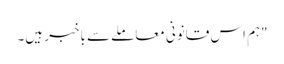
"ہم اس قانونی معاملے سے باخبر ہیں۔